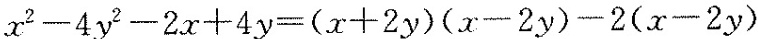
$$x ^ { 2 } - 4 y ^ { 2 } - 2 x + 4 y = ( x + 2 y ) ( x - 2 y ) - 2 ( x - 2 y )